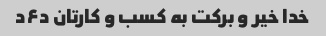
خدا خیر و برکت به کسب و کارتان د۶د